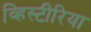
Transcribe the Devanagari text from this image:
व्हिस्टीरिया